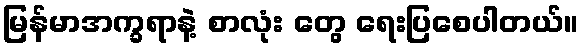
မြန်မာအက္ခရာနဲ့ စာလုံး တွေ ရေးပြစေပါတယ်။